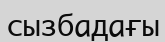
сызбадағы